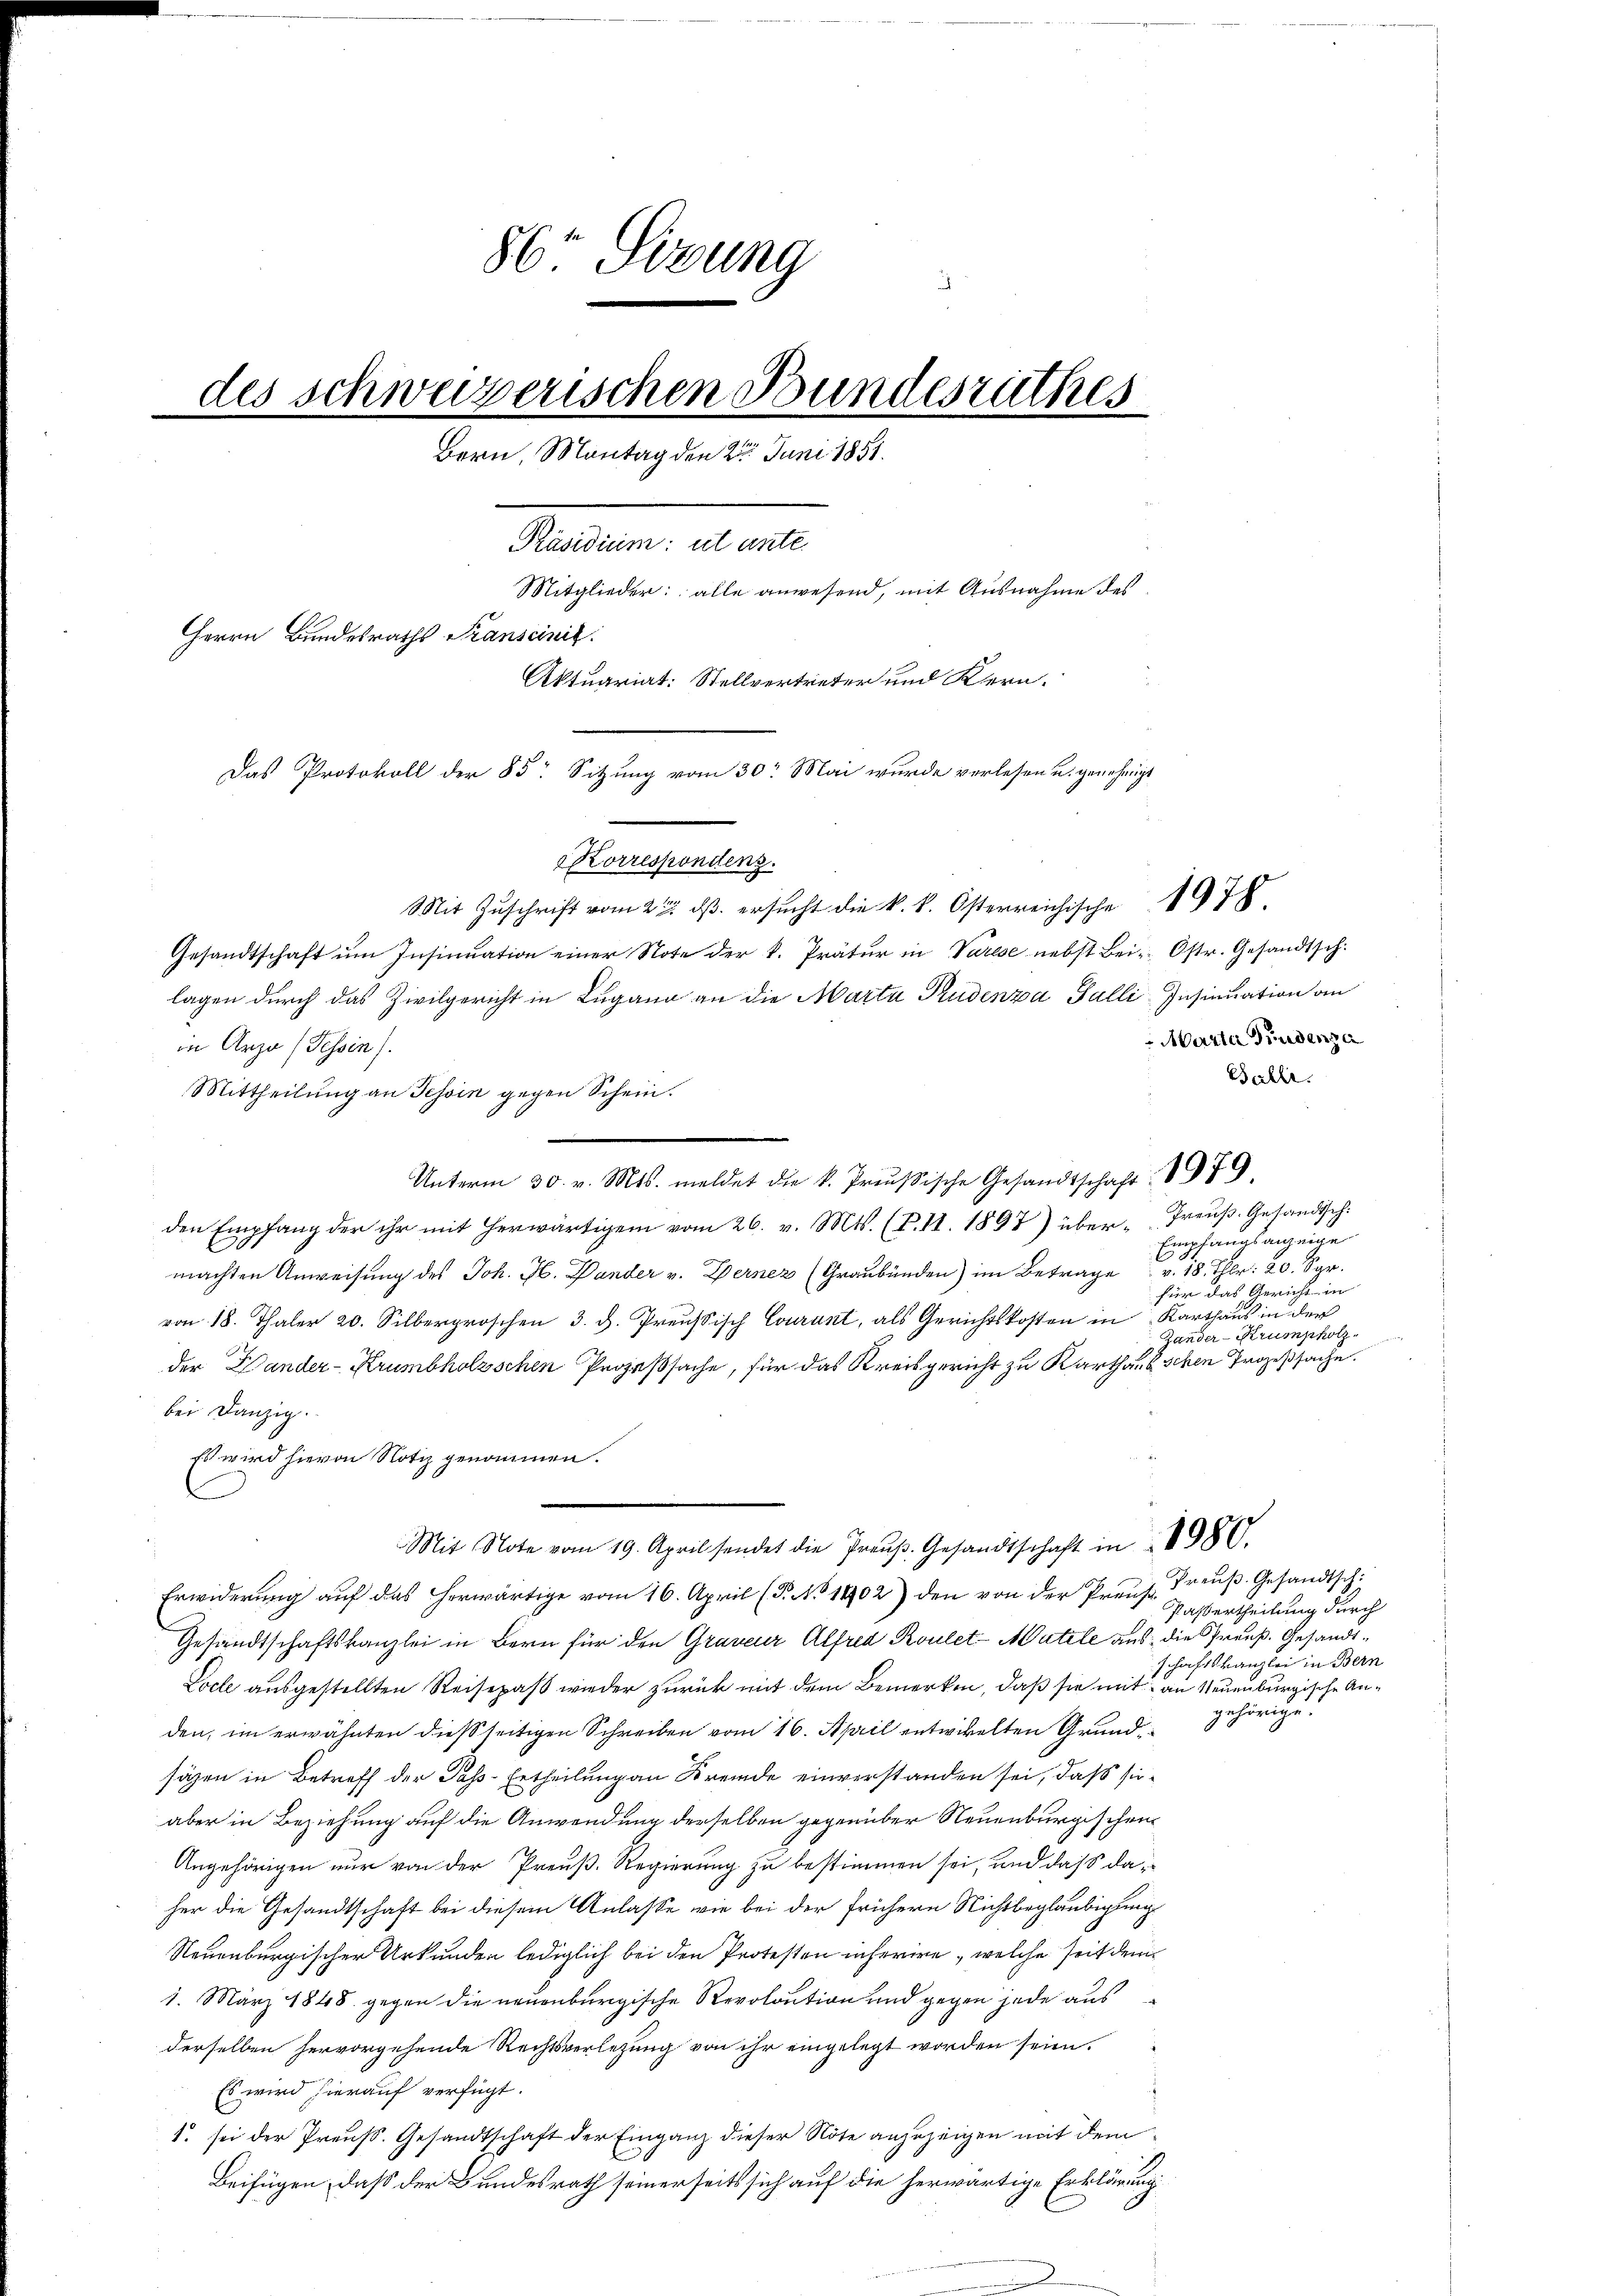
86 Sirung
des schweizerischen Bundesrathes
Bern, Montag den 2t Juni 1851.
Präsidium: ut ante.
Mitglieder: alle anwesend, mit Ausnahme des
Herrn Bundesraths Transcinis
Aktuariat: Stellvertreten und Kern,
Das Protokoll der 85 Sitzung vom 30. Mai wurde verlesen u. genehmigt
Korrespondenz.
Mit Zuschrift vom 22 dß ersucht die k. k. Osterreichische 1978
Gesandtschaft ŭm Insinuation einer Note der k. Prätur in Varese nebst Bei-Ostr. Gesandtsch.

lagen durch das Zivilgericht in Lugano an die Marte Pudenza Galli Insinuation an
in Arze (Tessin).
Mittheilung an Tessin gegen Schein.
Unterm 30. v. Mts. meldet die k. Preußische Gesandtschaft 1979
den Empfang der ihr mit herwärtigen vom 26. v. Mts. (T.11. 1897) über-Preuß. Gesandtsch:
1
machten Anweisung des Joh. H. Pander v. Fernez (Graubünden) im Betrage v. 18. Thlr: 20. Spr
von 18. Thaler 20. Silbergroschen 3. d. Preußisch Courant, als Gerichtskosten in Karthaus in der
der Hander-Krumbholzschen Prozeßsache, für das Kreisgericht zu Karthausschen Prozeßsache.
bei Danzig.
Es wird hievon Notiz genommen.
Mit Note vom 19. April sendet die Preŭβ. Gesandtschaft in 4980.
Erwiderung auf das herwärtige vom 16. April (T. No 1902) den von der Preuse, Preuß. Gesandtsch
Gesandtschaftskanzlei in Bern für den Graveur Alfred Roulet-Matile aus die Preuß. Gesandt¬
Locle ausgestellten Reisepaßt wieder zurück mit dem Bemerken, daß sie mit an Neuenburgische Anden, im erwähnten dießseitigen Schreiben vom 16. April entwickelten Grundsäzen in Betreff der Pass-Ertheilung an Fremde einverstanden sei, daß sieaber in Beziehung auf die Anwendung derselben gegenüber Neuenburgischen¬
Angehörigen nur von der Preuß. Regierung zu bestimmen sei, und daß daher die Gesandtschaft bei diesem Anlasse wie bei der frühern Nichtbeglaubigung
Neuenburgischer Urkunden lediglich bei den Protesten inferire, welche seit dem
1. März 1848 gegen die neuenburgische Revolution und gegen jede aus
derselben hervorgehende Rechtsverletzung von ihr eingelegt worden seien.
Es wird hierauf verfügt:
1. sei der Preuß. Gesandtschaft der Einganz dieser Note anzuzeigen mit dem
Beifügen, daß der Bundesrath seinerseits sich auf die herwärtige Erklärung

Marta Findenza
Balle.

pfangsanzeige
4
E
für das Gericht in
Zander-Krumpholz

Passertheilung durch
schaftskanzlei in Bern
gehörige.